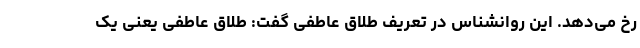
رخ می‌دهد. این روانشناس در تعریف طلاق عاطفی گفت: طلاق عاطفی یعنی یک